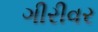
ગીરીવર